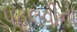
પહલવીના